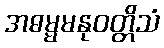
အဓမ္မမနုဝတ္တိသံ